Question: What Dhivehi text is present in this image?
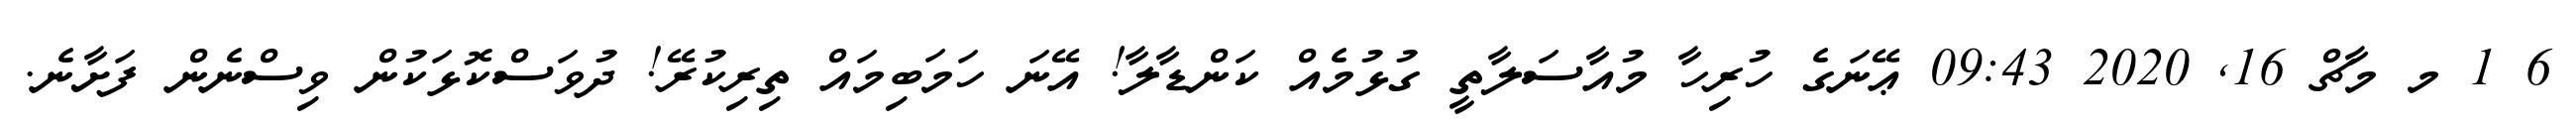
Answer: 6 1 މ މާޗް 16, 2020 09:43 ޢޭނަގެ ހުރިހާ މުއާސަލާތީ ގުޅުމެއް ކަންޑާލާ! އޭނަ ހަމަބިމައް ތިރިކުރޭ! ދުވަސްކޮޅަކުން ވިސްނެން ފަށާނެ.